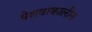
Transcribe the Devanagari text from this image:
पेशवाकालीन